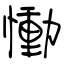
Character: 慟